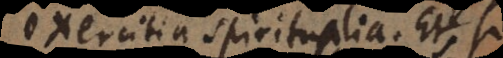
exercitia spiritualia. Et, si